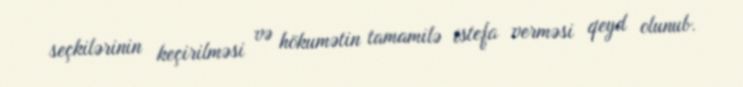
seçkilərinin keçirilməsi və hökumətin tamamilə istefa verməsi qeyd olunub.